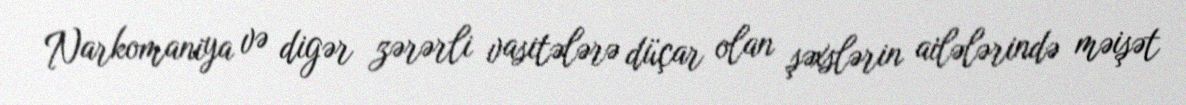
Narkomaniya və digər zərərli vasitələrə düçar olan şəxslərin ailələrində məişət